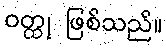
ဝတ္ထု ဖြစ်သည်။